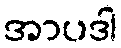
အာပဒါ